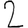
Digit: 2